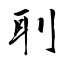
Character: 刵